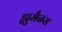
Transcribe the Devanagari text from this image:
ह्युमैनस